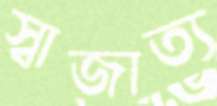
স্বাজাত্য